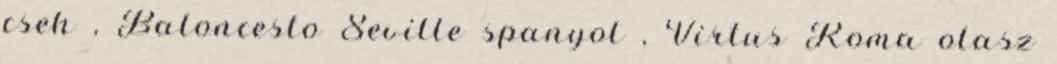
cseh , Baloncesto Seville spanyol , Virtus Roma olasz